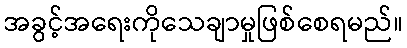
အခွင့်အရေးကိုသေချာမှုဖြစ်စေရမည်။